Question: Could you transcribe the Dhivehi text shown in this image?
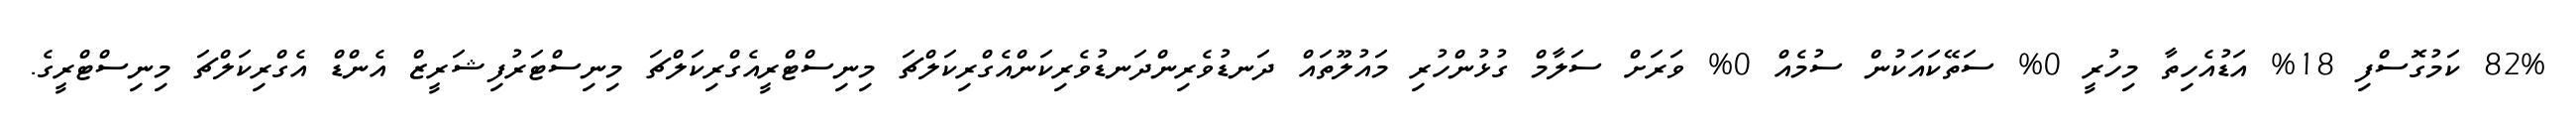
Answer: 82% ކަމުގޮސްފި 18% އަޑުއެހިތާ މިހުރީ 0% ސަތޭކައަކުން ސުމެއް 0% ވަރަށް ސަލާމް ގުޅުންހުރި މައުލޫތައް ދަނޑުވެރިންދަނޑުވެރިކަންއެގްރިކަލްޗަ މިނިސްޓްރީއެގްރިކަލްޗަ މިނިސްޓަރުފިޝަރީޒް އެންޑް އެގްރިކަލްޗަ މިނިސްޓްރީގެ.